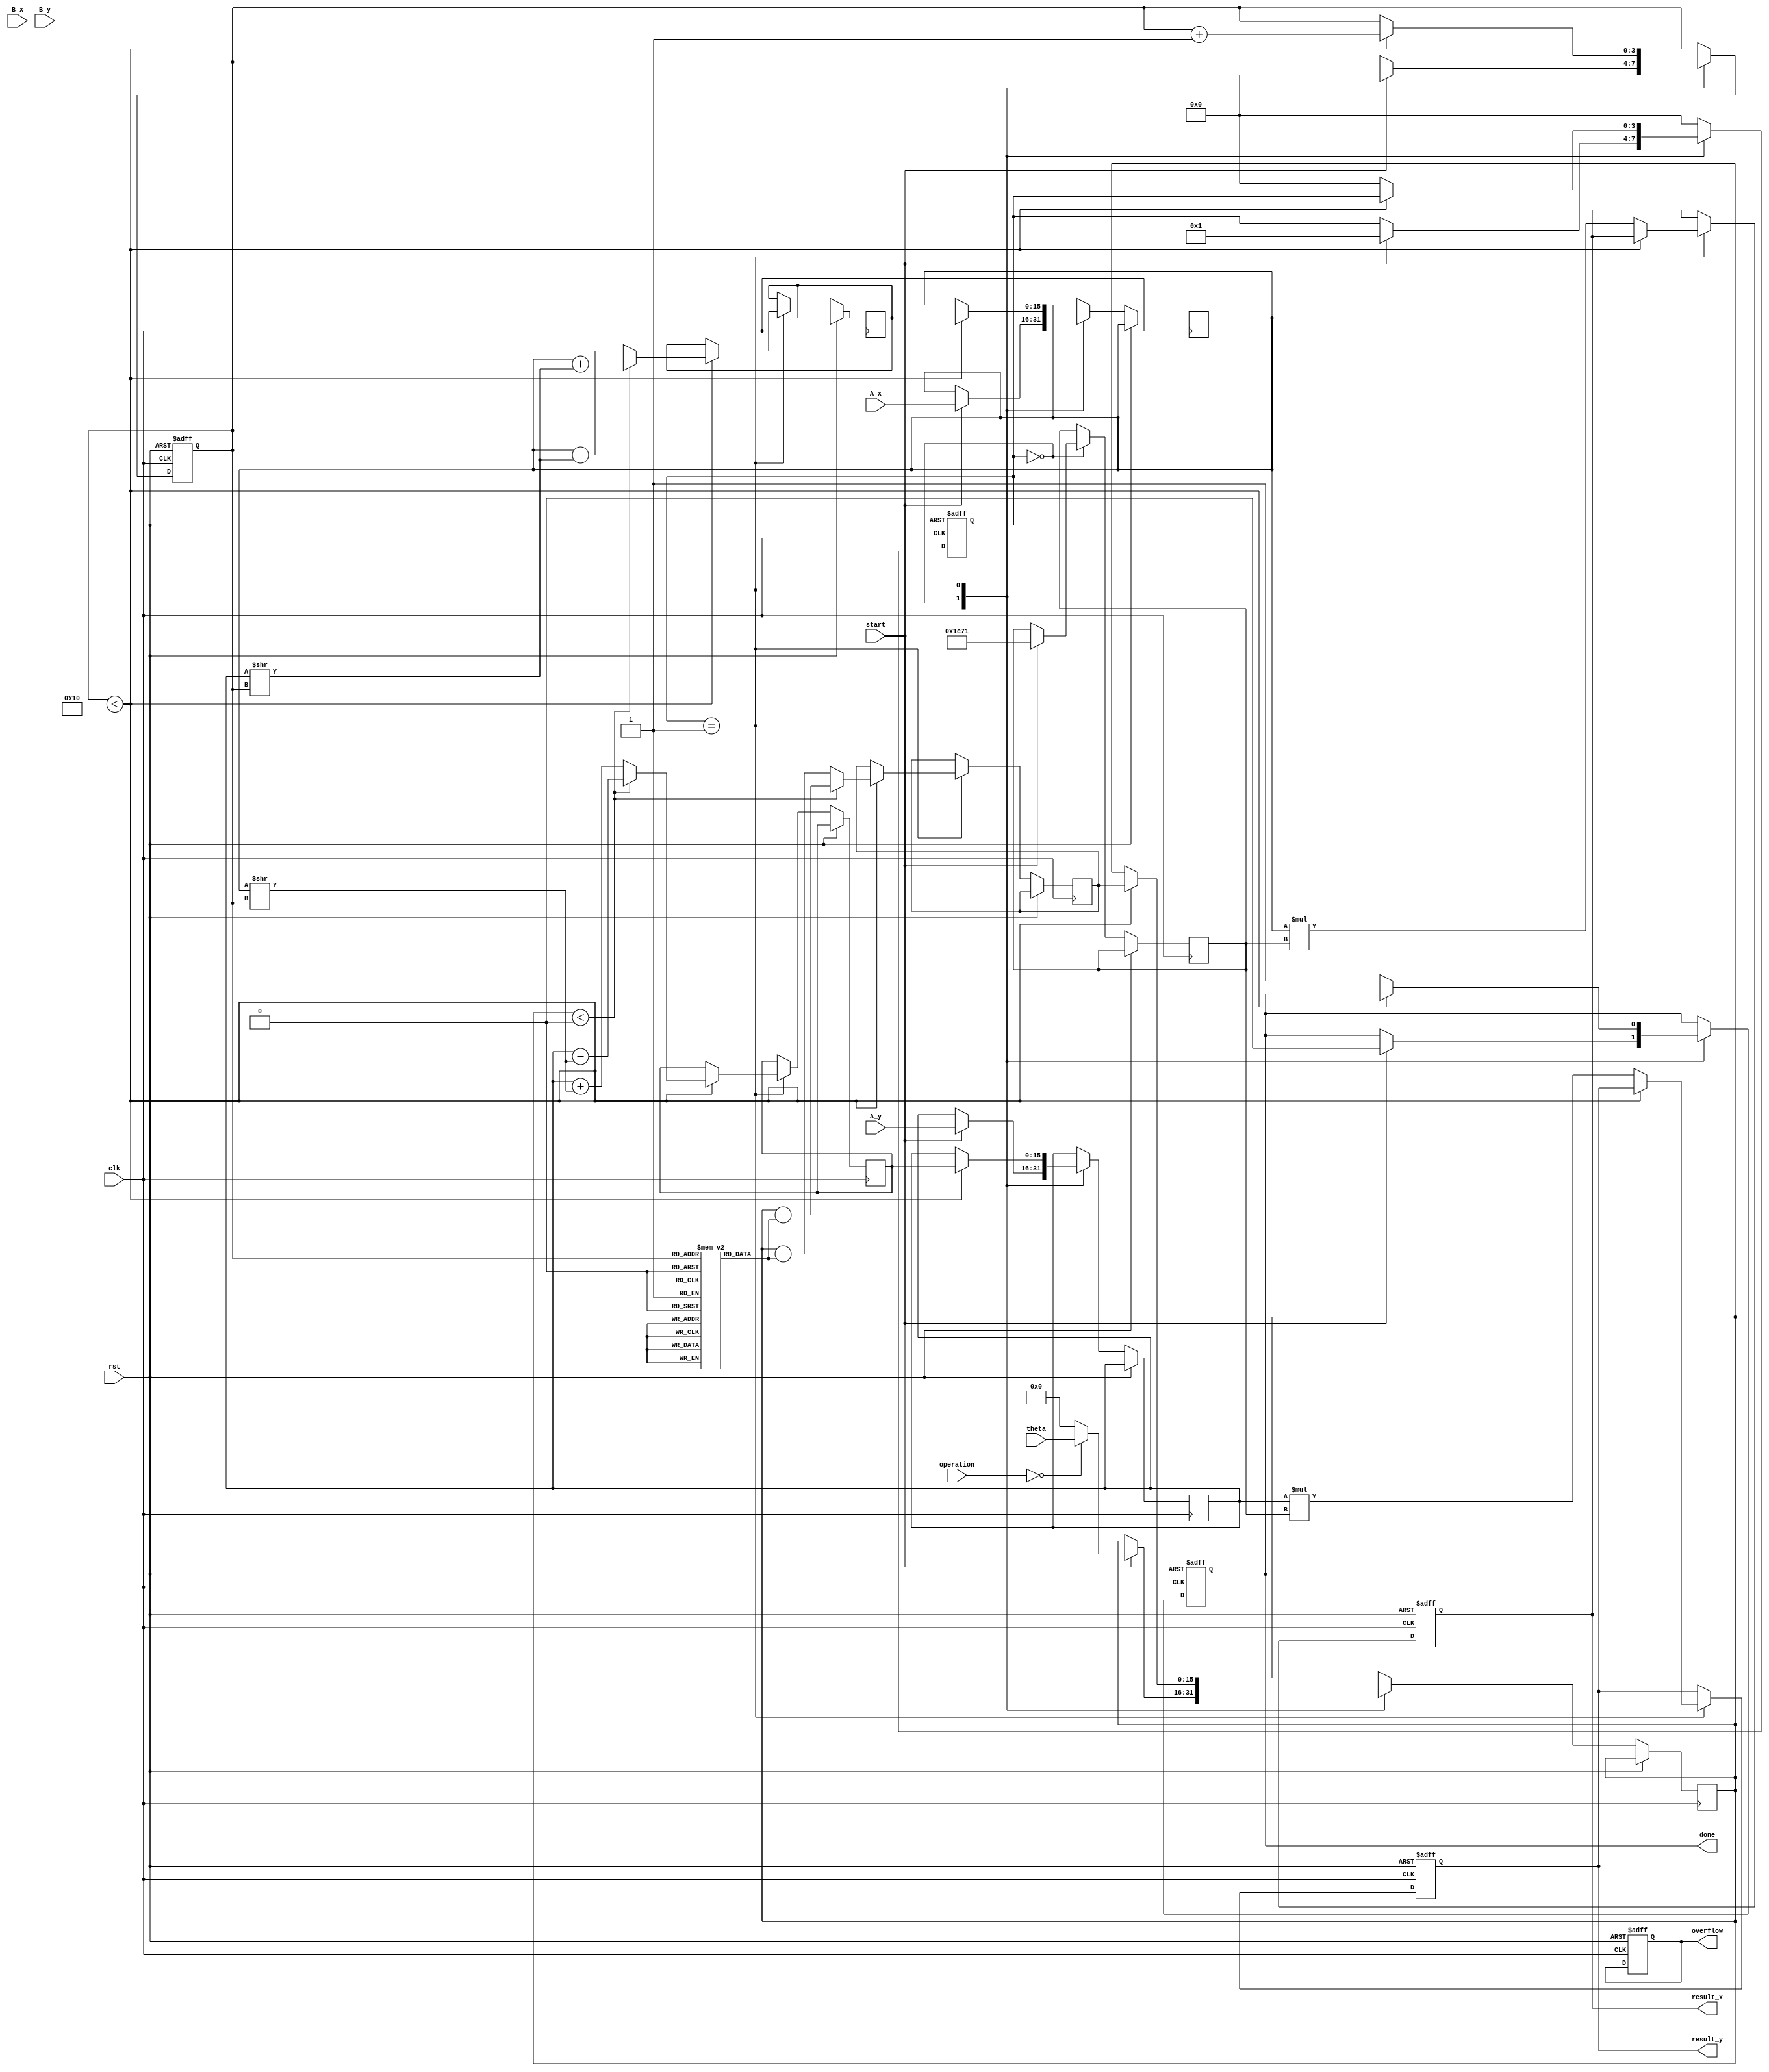
module cordic_arithmetic (
    input clk,
    input rst,
    input [15:0] A_x, // Fixed-point representation of vector A x-component
    input [15:0] A_y, // Fixed-point representation of vector A y-component
    input [15:0] B_x, // Fixed-point representation of vector B x-component
    input [15:0] B_y, // Fixed-point representation of vector B y-component
    input [15:0] theta, // Angle for rotation (fixed-point)
    input [1:0] operation, // Control signal for operation type (00: rotation, 01: vectoring)
    input start, // Start signal for the operation
    output reg [15:0] result_x, // Resultant vector x-component
    output reg [15:0] result_y, // Resultant vector y-component
    output reg done, // Operation completion flag
    output reg overflow // Overflow flag
);

    // Internal states
    reg [3:0] state;
    reg [3:0] iteration;
    reg [15:0] x_curr, y_curr, z_curr; // Current x, y, angle
    reg [15:0] x_next, y_next, z_next;
    reg [15:0] K; // Scaling factor
    reg [15:0] atan_table [0:15]; // Lookup table for arctangent values

    // Initialize the arctangent lookup table
    initial begin
        atan_table[0] = 16'h0000; // atan(0)
        atan_table[1] = 16'h1C71; // atan(1/2^1)
        atan_table[2] = 16'h14A4; // atan(1/2^2)
        atan_table[3] = 16'h0FCF; // atan(1/2^3)
        atan_table[4] = 16'h07E4; // atan(1/2^4)
        // Additional values can be initialized
        // ...
    end

    // State machine to control the operations
    always @(posedge clk or posedge rst) begin
        if (rst) begin
            state <= 0;
            done <= 0;
            overflow <= 0;
            iteration <= 0;
            result_x <= 0;
            result_y <= 0;
        end else begin
            case (state)
                0: begin
                    if (start) begin
                        // Initialize for rotation or vectoring based on operation
                        x_curr <= A_x;
                        y_curr <= A_y;
                        z_curr <= (operation == 2'b00) ? theta : 0; // Set angle for rotation
                        K <= 16'h1C71; // Initial scaling factor
                        iteration <= 0;
                        done <= 0;
                        state <= 1;
                    end
                end

                1: begin
                    // CORDIC iteration logic
                    if (iteration < 16) begin // Max iterations
                        if (z_curr < 0) begin
                            // Rotate counterclockwise
                            x_next <= x_curr + (y_curr >> iteration);
                            y_next <= y_curr - (x_curr >> iteration);
                            z_next <= z_curr + atan_table[iteration];
                        end else begin
                            // Rotate clockwise
                            x_next <= x_curr - (y_curr >> iteration);
                            y_next <= y_curr + (x_curr >> iteration);
                            z_next <= z_curr - atan_table[iteration];
                        end

                        // Update current values
                        x_curr <= x_next;
                        y_curr <= y_next;
                        z_curr <= z_next;

                        // Increment iteration count
                        iteration <= iteration + 1;
                    end else begin
                        // Finalize result and move to done state
                        result_x <= x_curr * K; // Apply scaling
                        result_y <= y_curr * K; // Apply scaling
                        done <= 1;
                        state <= 0; // Reset to initial state
                    end
                end

                default: state <= 0; // Safety state
            endcase
        end
    end

endmodule